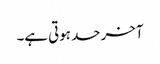
آخر حد ہوتی ہے۔